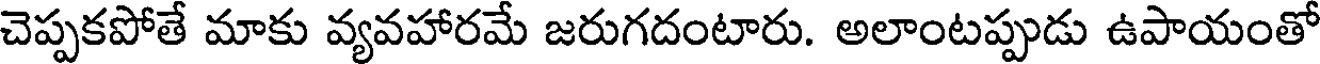
చెప్పకపోతే మాకు వ్యవహారమే జరుగదంటారు. అలాంటప్పుడు ఉపాయంతో